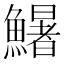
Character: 鱪